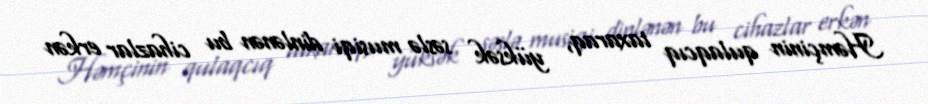
Həmçinin qulaqcıq taxaraq, yüksək səslə musiqi dinlənən bu cihazlar erkən